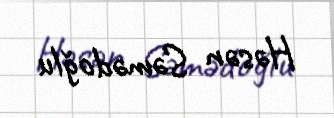
Həsən Səmədoğlu